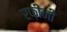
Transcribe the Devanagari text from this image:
रफ़ींनी